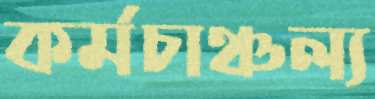
কর্মচাঞ্চল্য